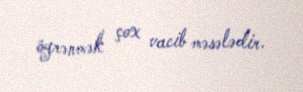
öyrənmək çox vacib məsələdir.